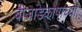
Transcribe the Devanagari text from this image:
बीजांडकोषाच्या